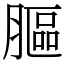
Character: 膒